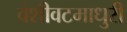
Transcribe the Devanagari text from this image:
वंशीवटमाधुरी